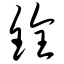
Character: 铨